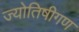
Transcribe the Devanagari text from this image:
ज्योतिषीगण